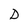
Character: D